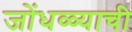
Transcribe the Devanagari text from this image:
जोंधळ्याची